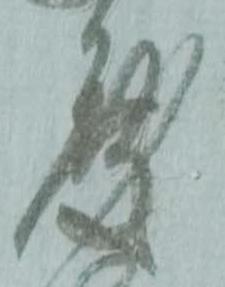
度